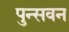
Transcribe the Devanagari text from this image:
पुन्सवन